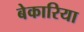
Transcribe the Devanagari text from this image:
बेकारिया